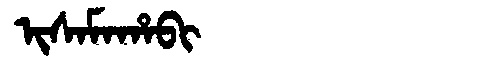
Manchu: ᡳᠰᠠᠮᠠᡥᠠᠪᡳ
Romanization: ISAMAHABI